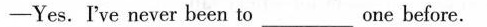
-Yes. I've never been to ___ one before.